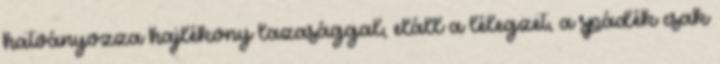
hatványozza hajlékony lazasággal, eláll a lélegzet, a spádék csak